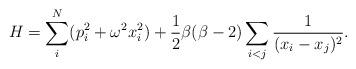
LaTeX: \begin{align*}H = \sum_i^N (p_i^2 + \omega^2 x_i^2) + {1 \over 2}\beta (\beta -2)\sum_{i<j}{1 \over{(x_i - x_j)^2}}. \end{align*}